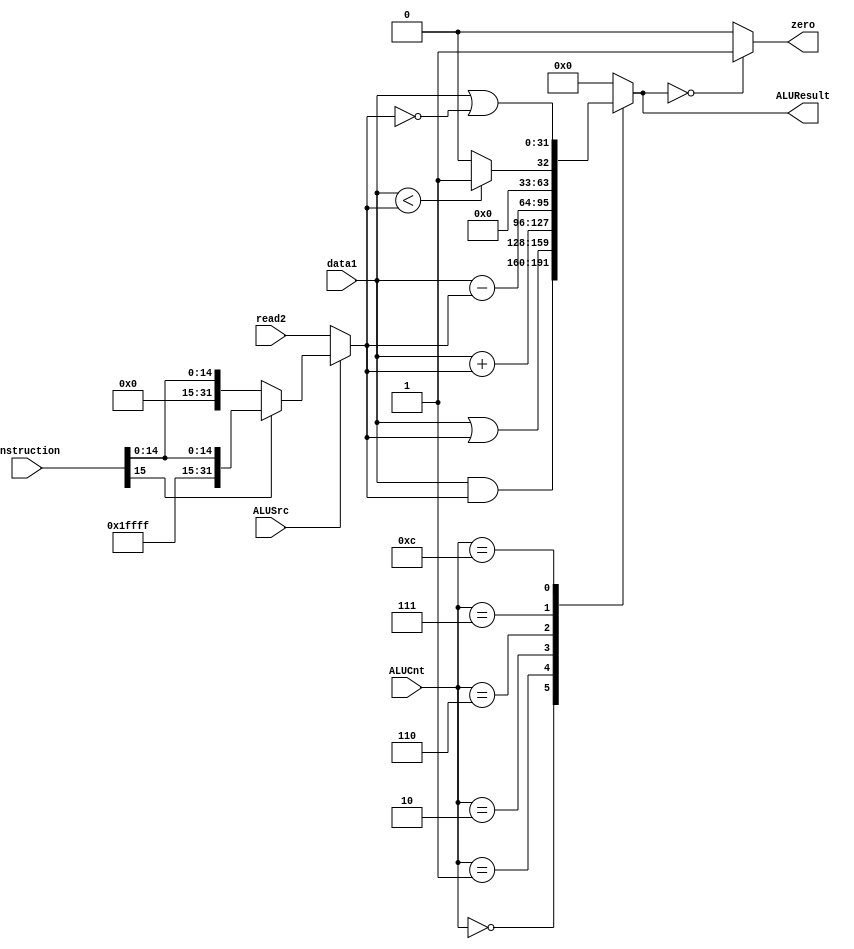
module ALU (
    data1,        // data 1
    read2,        // data 2 from MUX
    instruction,  // used for sign-extension
    ALUSrc,
    ALUCnt,
    zero,
    ALUResult
);

input [31:0] data1, read2, instruction;
input ALUSrc;
input [3:0] ALUCnt;
output reg zero;
output reg [31:0] ALUResult;

reg [31:0] data2;

// deciding inputs to ALU

always @ (ALUSrc, read2, instruction) begin
    if (ALUSrc == 0) begin
        data2 = read2;
    end else begin
        if (instruction[15] == 0) begin
            data2 = {16'b0, instruction[15:0]};
        end else begin
            data2 = {{16{1'b1}}, instruction[15:0]};
        end
        // simple sign extension
    end
end

always @ (data1, data2, ALUCnt) begin
    case (ALUCnt)
        4'b0000:
            ALUResult = data1 & data2;  // AND
        4'b0001:
            ALUResult = data1 | data2;  // OR
        4'b0010:
            ALUResult = data1 + data2;  // ADD
        4'b0110:
            ALUResult = data1 - data2;  // SUB
        4'b0111:
            ALUResult = (data1 < data2) ? 1 : 0;  // SLT
        4'b1100:
            ALUResult = data1 | ~data2;  // NOR
        default:
            ALUResult = 0;
    endcase
    // assigning zero
    zero = (ALUResult == 0) ? 1 : 0;
end


endmodule